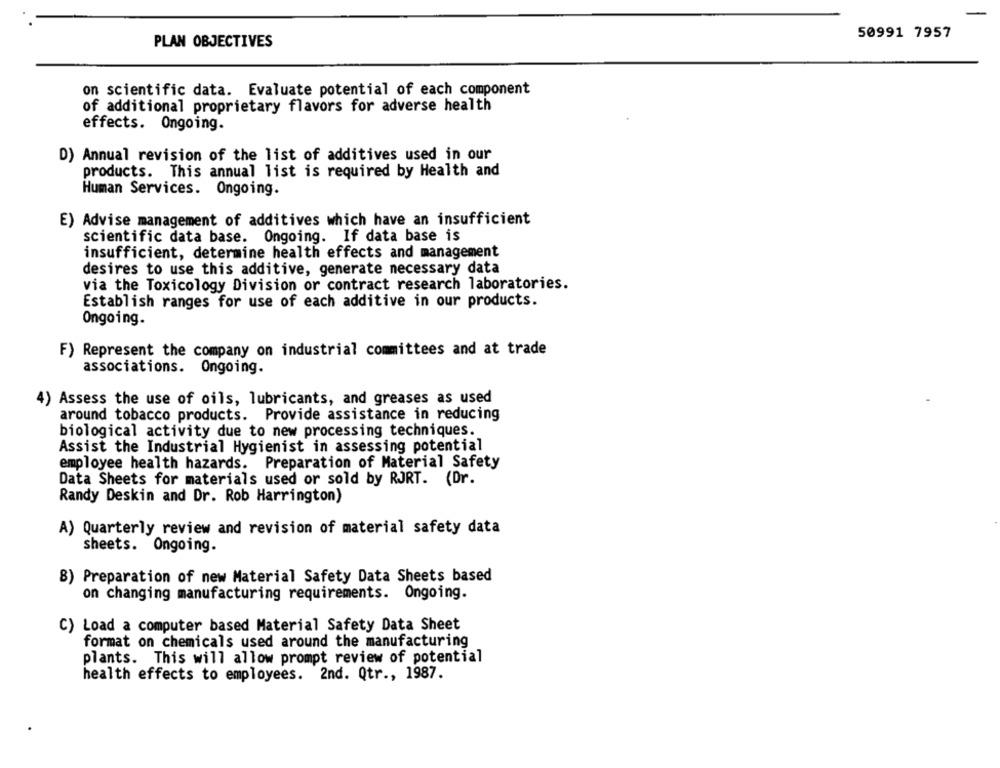
50991 7957
PLAN OBJECTIVES
on scientific data. Evaluate potential of each component
of additional proprietary flavors for adverse health
effects. Ongoing.
D) Annual revision of the list of additives used in our
products. This annual list is required by Health and
Human Services. Ongoing.
E) Advise management of additives which have an insufficient
scientific data base. Ongoing. If data base is
insufficient, determine health effects and management
desires to use this additive, generate necessary data
via the Toxicology Division or contract research laboratories.
Establish ranges for use of each additive in our products.
Ongoing.
F) Represent the company on industrial committees and at trade
associations. Ongoing.
4) Assess the use of oils, lubricants, and greases as used
around tobacco products. Provide assistance in reducing
biological activity due to new processing techniques.
Assist the Industrial Hygienist in assessing potential
employee health hazards. Preparation of Material Safety
Data Sheets for materials used or sold by RJRT. (Dr.
Randy Deskin and Dr. Rob Harrington)
A) Quarterly review and revision of material safety data
sheets. Ongoing.
B) Preparation of new Material Safety Data Sheets based
on changing manufacturing requirements. Ongoing.
C) Load a computer based Material Safety Data Sheet
format on chemicals used around the manufacturing
plants. This will allow prompt review of potential
health effects to employees. 2nd. Qtr ., 1987.